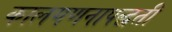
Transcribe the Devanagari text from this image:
कालगणनापद्धती